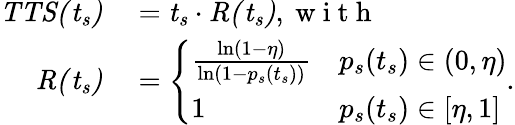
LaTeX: \begin{array}{rl}{\mathit{TTS(t_{s})}}&{{}=\mathit{t_{s}}\cdot\mathit{R(t_{s})},\mathrm{~w~i~t~h~}}\\ {\mathit{R(t_{s})}}&{{}=\left\{ \begin{array}{ll}{\frac{\ln(1-\eta)}{\ln(1-p_{s}(t_{s}))}}&{p_{s}(t_{s})\in(0,\eta)}\\ {1}&{p_{s}(t_{s})\in[\eta,1]}\end{array}\right..}\end{array}